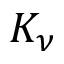
K _ { \nu }